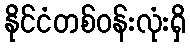
နိုင်ငံတစ်ဝန်းလုံးရှိ